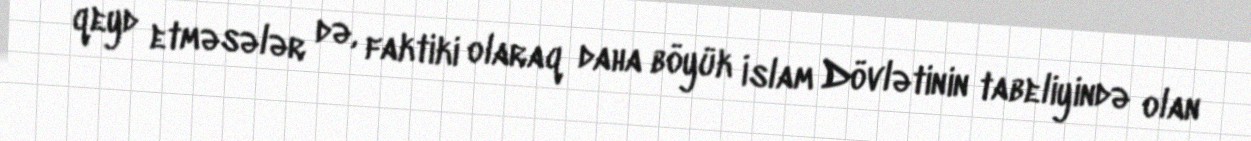
qeyd etməsələr də, faktiki olaraq daha böyük İslam Dövlətinin tabeliyində olan